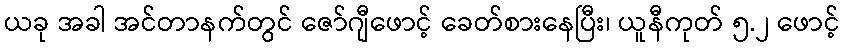
ယခု အခါ အင်တာနက်တွင် ဇော်ဂျီဖောင့် ခေတ်စားနေပြီး၊ ယူနီကုတ် ၅.၂ ဖောင့်